Annual report on the working of the Harcourt Butler Institute of Public Health, Rangoon
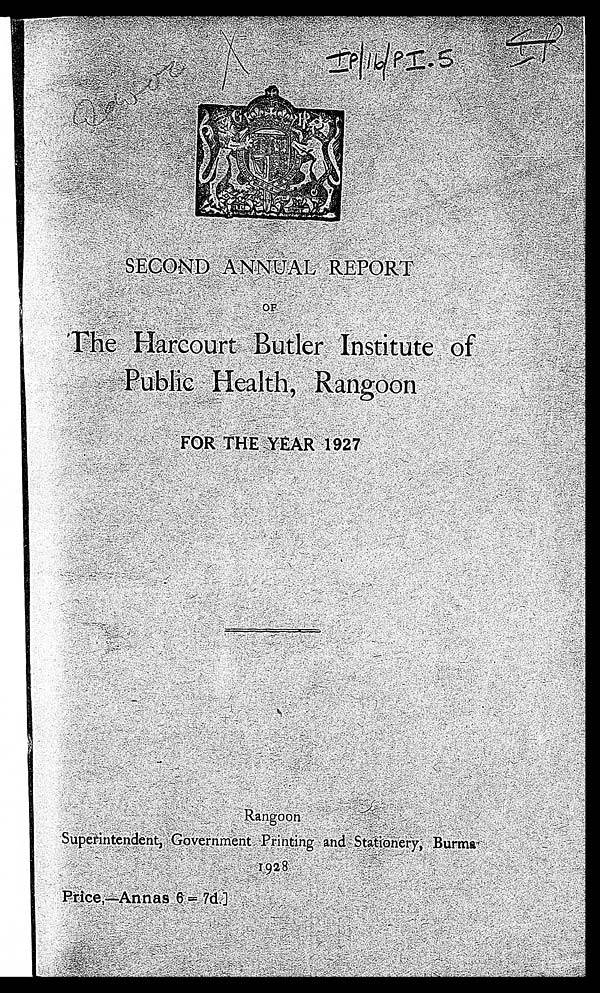
<illegible> X
IP/16/I.5
SECOND ANNUAL REPORT
OF The Harcourt Butler Institute of
Public Health, Rangoon
FOR THE YEAR 1927
Rangoon Superintendent, Government Printing and Stationery, Burma
1928 Price,—Annas 6=7d.]